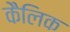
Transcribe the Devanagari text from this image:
कैलिक